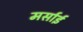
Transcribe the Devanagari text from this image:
मर्साई